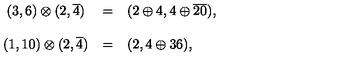
\begin{array} { c l l } { ( 3 , 6 ) \otimes ( 2 , \overline { { 4 } } ) } & { = } & { ( 2 \oplus 4 , 4 \oplus \overline { { 2 0 } } ) , } \\ { { } } & { { } } & { { } } \\ { ( 1 , 1 0 ) \otimes ( 2 , \overline { { 4 } } ) } & { = } & { ( 2 , 4 \oplus 3 6 ) , } \\ \end{array}